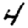
Digit: 4